Indian journal of veterinary science and animal husbandry - Volume 6,
Year: 1936
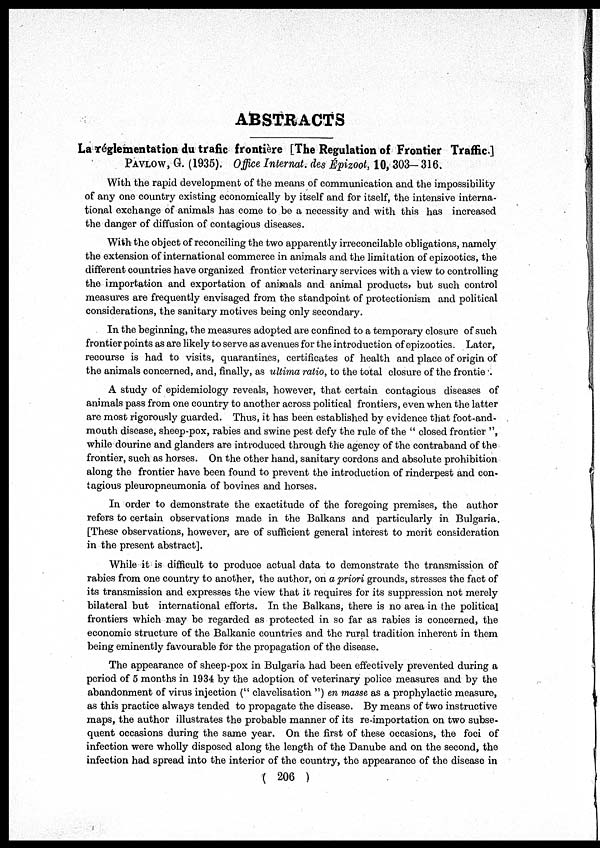
ABSTRACTS
La reglementation du trafic frontière [The Regulation of Frontier Traffic.]
PAVLOW, G. (1935). Office Internat. des Epizoot, 10, 303— 316.
With the rapid development of the means of communication and the impossibility
of any one country existing economically by itself and for itself, the intensive interna-
tional exchange of animals has come to be a necessity and with this has increased
the danger of diffusion of contagious diseases.
With the object of reconciling the two apparently irreconcilable obligations, namely
the extension of international commerce in animals and the limitation of epizootics, the
different countries have organized frontier veterinary services with a view to controlling
the importation and exportation of animals and animal products, but such control
measures are frequently envisaged from the standpoint of protectionism and political
considerations, the sanitary motives being only secondary.
In the beginning, the measures adopted are confined to a temporary closure of such
frontier points as are likely to serve as avenues for the introduction of epizootics. Later,
recourse is had to visits, quarantines, certificates of health and place of origin of
the animals concerned, and, finally, as ultima ratio, to the total closure of the frontie
A study of epidemiology reveals, however, that certain contagious diseases of
animals pass from one country to another across political frontiers, even when the latter
are most rigorously guarded. Thus, it has been established by evidence that foot-and-
mouth disease, sheep-pox, rabies and swine pest defy the rule of the " closed frontier ",
while dourine and glanders are introduced through the agency of the contraband of the
frontier, such as horses. On the other hand, sanitary cordons and absolute prohibition
along the frontier have been found to prevent the introduction of rinderpest and con-
tagious pleuropneumonia of bovines and horses.
In order to demonstrate the exactitude of the foregoing premises, the author
refers to certain observations made in the Balkans and particularly in Bulgaria.
[These observations, however, are of sufficient general interest to merit consideration
in the present abstract].
While it is difficult to produce actual data to demonstrate the transmission of
rabies from one country to another, the author, on a priori grounds, stresses the fact of
its transmission and expresses the view that it requires for its suppression not merely
bilateral but international efforts. In the Balkans, there is no area in the political
frontiers which may be regarded as protected in so far as rabies is concerned, the
economic structure of the Balkanic countries and the rural tradition inherent in them
being eminently favourable for the propagation of the disease.
The appearance of sheep-pox in Bulgaria had been effectively prevented during a
period of 5 months in 1934 by the adoption of veterinary police measures and by the
abandonment of virus injection (" clavelisation ") en masse as a prophylactic measure,
as this practice always tended to propagate the disease. By means of two instructive
maps, the author illustrates the probable manner of its re-importation on two subse-
quent occasions during the same year. On the first of these occasions, the foci of
infection were wholly disposed along the length of the Danube and on the second, the
infection had spread into the interior of the country, the appearance of the disease in
( 206 )